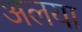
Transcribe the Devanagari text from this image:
अलया